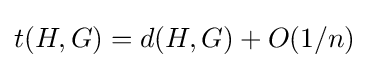
t(H,G)=d(H,G)+O(1/n)